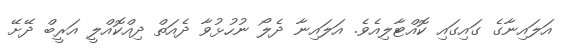
އަލައިނާގެ ގައިގައި ކޮއްޓާލިއެވެ. އަލައިނާ ދެލޯ ނުހުޅުވާ ދެއަތް ދިއްކޮއްލީ އަރީބް ދޭށޭ